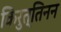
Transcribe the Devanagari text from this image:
किरुत्तिनन